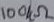
Text: 100kΩ